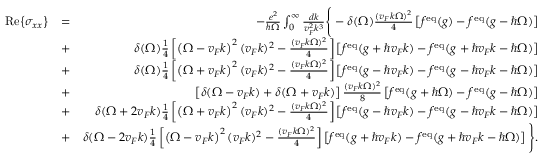
\begin{array} { r l r } { \mathrm { R e } { \left\{ \sigma _ { x x } \right\} } } & { = } & { - \frac { e ^ { 2 } } { \hbar \Omega } \int _ { 0 } ^ { \infty } \frac { d k } { v _ { F } ^ { 2 } k ^ { 3 } } \Bigg \{ - \delta ( \Omega ) \frac { ( v _ { F } k \Omega ) ^ { 2 } } { 4 } \left[ f ^ { \mathrm { e q } } ( g ) - f ^ { \mathrm { e q } } ( g - \hbar \Omega ) \right] } \\ & { + } & { \delta ( \Omega ) \frac { 1 } { 4 } \left[ \left( \Omega - v _ { F } k \right) ^ { 2 } ( v _ { F } k ) ^ { 2 } - \frac { ( v _ { F } k \Omega ) ^ { 2 } } { 4 } \right] \left[ f ^ { \mathrm { e q } } ( g + \hbar v _ { F } k ) - f ^ { \mathrm { e q } } ( g + \hbar v _ { F } k - \hbar \Omega ) \right] } \\ & { + } & { \delta ( \Omega ) \frac { 1 } { 4 } \left[ \left( \Omega + v _ { F } k \right) ^ { 2 } ( v _ { F } k ) ^ { 2 } - \frac { ( v _ { F } k \Omega ) ^ { 2 } } { 4 } \right] \left[ f ^ { \mathrm { e q } } ( g - \hbar v _ { F } k ) - f ^ { \mathrm { e q } } ( g - \hbar v _ { F } k - \hbar \Omega ) \right] } \\ & { + } & { \left[ \delta ( \Omega - v _ { F } k ) + \delta ( \Omega + v _ { F } k ) \right] \frac { ( v _ { F } k \Omega ) ^ { 2 } } { 8 } \left[ f ^ { \mathrm { e q } } ( g + \hbar \Omega ) - f ^ { \mathrm { e q } } ( g - \hbar \Omega ) \right] } \\ & { + } & { \delta ( \Omega + 2 v _ { F } k ) \frac { 1 } { 4 } \left[ \left( \Omega + v _ { F } k \right) ^ { 2 } ( v _ { F } k ) ^ { 2 } - \frac { ( v _ { F } k \Omega ) ^ { 2 } } { 4 } \right] \left[ f ^ { \mathrm { e q } } ( g - \hbar v _ { F } k ) - f ^ { \mathrm { e q } } ( g - \hbar v _ { F } k - \hbar \Omega ) \right] } \\ & { + } & { \delta ( \Omega - 2 v _ { F } k ) \frac { 1 } { 4 } \left[ \left( \Omega - v _ { F } k \right) ^ { 2 } ( v _ { F } k ) ^ { 2 } - \frac { ( v _ { F } k \Omega ) ^ { 2 } } { 4 } \right] \left[ f ^ { \mathrm { e q } } ( g + \hbar v _ { F } k ) - f ^ { \mathrm { e q } } ( g + \hbar v _ { F } k - \hbar \Omega ) \right] \Bigg \} . } \end{array}